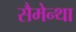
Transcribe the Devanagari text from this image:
सैमेन्था